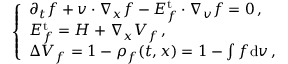
\left\{ \begin{array} { l l } { \partial _ { t } f + v \cdot \nabla _ { x } f - E _ { f } ^ { \mathrm { t } } \cdot \nabla _ { v } f = 0 \, , } \\ { E _ { f } ^ { \mathrm { t } } = H + \nabla _ { x } V _ { f } \, , } \\ { \Delta V _ { f } = 1 - \rho _ { f } ( t , x ) = 1 - \int f \mathrm { d } { v } \, , } \end{array} \right.